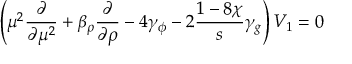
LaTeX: \left( \mu ^ { 2 } \frac { \partial } { \partial \mu ^ { 2 } } + \beta _ { \rho } \frac { \partial } { \partial \rho } - 4 \gamma _ { \phi } - 2 \frac { 1 - 8 \chi } { s } \gamma _ { g } \right) V _ { 1 } = 0